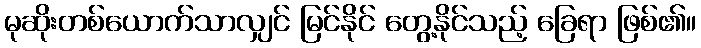
မုဆိုးတစ်ယောက်သာလျှင် မြင်နိုင် တွေ့နိုင်သည့် ခြေရာ ဖြစ်၏။